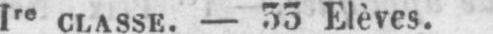
1re classe. - 33 Elèves.